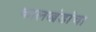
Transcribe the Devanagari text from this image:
कालखंडांचा